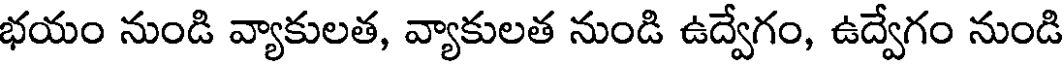
భయం నుండి వ్యాకులత, వ్యాకులత నుండి ఉద్వేగం, ఉద్వేగం నుండి